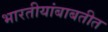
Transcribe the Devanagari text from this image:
भारतीयांबाबतीत